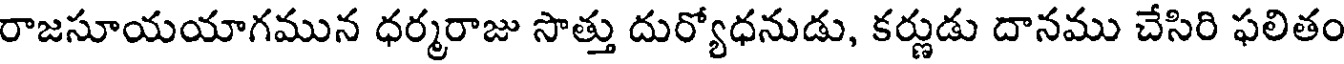
రాజసూయయాగమున ధర్మరాజు సొత్తు దుర్యోధనుడు, కర్ణుడు దానము చేసిరి ఫలితం